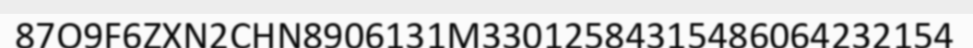
87O9F6ZXN2CHN8906131M33012584315486064232154